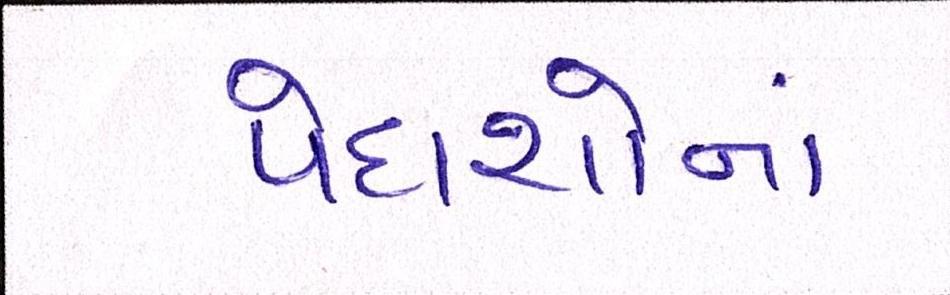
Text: પેદાશોનાં